Medical and sanitary report of the native army of Madras for the year
Year: 1872
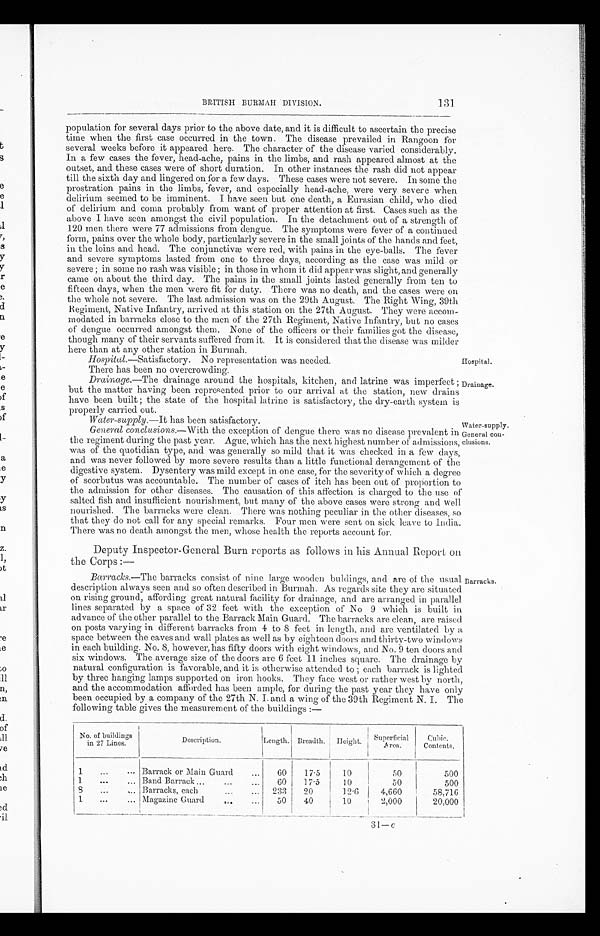
BRITISH BURMAH DIVISION.
131
population for several days prior to the above date, and it is difficult to ascertain the precise
time when the first case occurred in the town. The disease prevailed in Rangoon for
several weeks before it appeared here. The character of the disease varied considerably.
In a few cases the fever, head-ache, pains in the limbs, and rash appeared almost at the
outset, and these cases were of short duration. In other instances the rash did not appear
till the sixth day and lingered on for a few days. These cases were not severe. In some the
prostration pains in the limbs, fever, and especially head-ache, were very severe when
delirium seemed to be imminent. I have seen but one death, a Eurasian child, who died
of delirium and coma probably from want of proper attention at first. Cases such as the
above I have seen amongst the civil population. In the detachment out of a strength of
120 men there were 77 admissions from dengue. The symptoms were fever of a continued
form, pains over the whole body, particularly severe in the small joints of the hands awl feet,
in the loins and head. The conjunctivæ were red, with pains in the eye-balls. The fever
and severe symptoms lasted from one to three days, according as the case was mild or
severe ; in some no rash was visible ; in those in whom it did appear was slight, and generally
came on about the third day. The pains in the small joints lasted generally from ten to
fifteen days, when the men were fit for duty. There was no death, and the cases were on
the whole not severe. The last admission was on the 29th August. The Right Wing, 39th
Regiment, Native Infantry, arrived at this station on the 27th August. They were accom-
modated in barracks close to the men of the 27th Regiment, Native Infantry, but no cases
of dengue occurred amongst them. None of the officers or their families got the disease,
though many of their servants suffered from it. It is considered that the disease was milder
here than at any other station in Burmah.
Hospital .—Satisfactory. No representation was needed.
There has been no overcrowding.
Drainage .—The drainage around the hospitals, kitchen, and latrine was imperfect ;
but the matter having been represented prior to our arrival at the station, new drains
have been built ; the state of the hospital latrine is satisfactory, the dry-earth system is
properly- carried out.
W a t e r - s u p p l y
. — I t
h a s b e e n s a t i s f a c t o r y .
General conclusions .—With the exception of dengue there was no disease prevalent in
the regiment during the past year. Ague, which has the next highest number of admissions,
was of the quotidian type, and was generally so mild that it was checked in a few days,
and was never followed by more severe results than a little functional. derangement of the
digestive system. Dysentery was mild except in one case, for the severity of which a degree
of scorbutus was accountable. The number of cases of itch has been out of proportion
the admission for other diseases. The causation of this affection is charged to the use of
salted fish and insufficient nourishment, but many of the above cases were strong and well
nourished. The barracks were clean. There was nothing peculiar in the other diseases,
that they do not call for any special. remarks. Four men were sent on sick leave to India
There was no death amongst the men, whose health the reports account for.
Hospital.
Drainage.
Water-supply
General con-
clusions.
Deputy Inspector-General Burn reports as follows in his Annual. Report on
the Corps :—
Barracks .—The barracks consist of nine large wooden buldings, and are of the usual
description always seen and so often described in Burmah. As regards site they are situated
on rising ground, affording great natural facility for drainage, and are arranged in parallel
lines separated by a space of 32 feet with the. exception of No 9 which is built in
advance of the other parallel to the Barrack Main Guard. The barracks are clean, are raised
on posts varying in different barracks from 4 to 8 feet in length, and are ventilated by a
space between the eaves and wall plates as well as by eighteen doors and thirty-two windows
in each building. No. 8, however, has fifty doors with eight windows, and No. 9 ten doors and
six windows. The average size of the doors are 6 feet 11 inches square. The drainage by
natural configuration is favorable, and it is otherwise attended to ; each barrack is lighted
by three hanging lamps supported on iron hooks. They face west or rather west by north,
and the accommodation afforded has been ample, for during the past year they have Onl
y been occupied by a company of the 27th N. I. and a wing of the 39th Regiment N. I. The
following table gives the measurement of the buildings :—
Barracks.
No. of building
in 27 Lines.
Description.
Length. Breadth. Height
Superficial
Area.
Cubic.
Contents.
1
Barrack or Main Guard
60
17.5
1 0
50
500
1
Band Barrack
6 0
17.5
10
50
500
8
Barracks, each
233
20
12.6
4,660
58,716
1
Magazine Guard
50
40
10
2,000
20,000
31— c